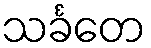
သင်္ခတေ